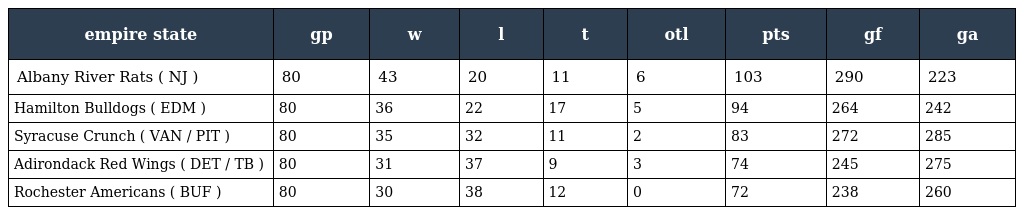
| empire state | gp | w | l | t | otl | pts | gf | ga |
 | --- | --- | --- | --- | --- | --- | --- | --- | --- |
 | Albany River Rats ( NJ ) | 80 | 43 | 20 | 11 | 6 | 103 | 290 | 223 |
 | Hamilton Bulldogs ( EDM ) | 80 | 36 | 22 | 17 | 5 | 94 | 264 | 242 |
 | Syracuse Crunch ( VAN / PIT ) | 80 | 35 | 32 | 11 | 2 | 83 | 272 | 285 |
 | Adirondack Red Wings ( DET / TB ) | 80 | 31 | 37 | 9 | 3 | 74 | 245 | 275 |
 | Rochester Americans ( BUF ) | 80 | 30 | 38 | 12 | 0 | 72 | 238 | 260 |